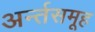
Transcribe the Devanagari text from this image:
अर्न्तसमूह